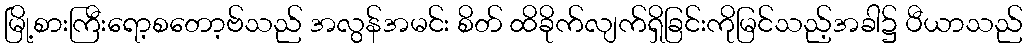
မြို့စားကြီးရော့စတော့ဗ်သည် အလွန်အမင်း စိတ် ထိခိုက်လျက်ရှိခြင်းကိုမြင်သည့်အခါ၌ ပီယာသည်